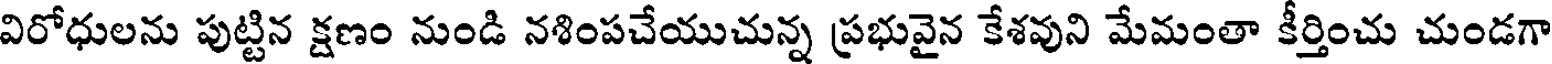
విరోధులను పుట్టిన క్షణం నుండి నశింపచేయుచున్న ప్రభువైన కేశవుని మేమంతా కీర్తించు చుండగా